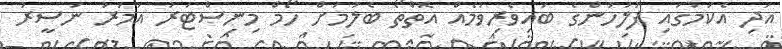
އަދި އެކަމުގައި ފުލުހުންގެ ބައިވެރިވުމެއް އޮތްތޯ ބެލުމަށް ހޯމް މިނިސްޓަރު އުމަރު ނަސީރު